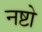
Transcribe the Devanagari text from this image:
नष्टो